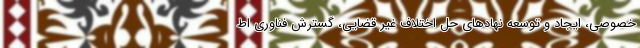
خصوصی، ایجاد و توسعه نهادهای حل اختلاف غیر قضایی، گسترش فناوری اط